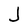
Character: J